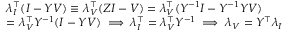
\begin{array} { r l } & { \lambda _ { I } ^ { \intercal } ( I - Y V ) \equiv \lambda _ { V } ^ { \intercal } ( Z I - V ) = \lambda _ { V } ^ { \intercal } ( Y ^ { - 1 } I - Y ^ { - 1 } Y V ) } \\ & { = \lambda _ { V } ^ { \intercal } Y ^ { - 1 } ( I - Y V ) \implies \lambda _ { I } ^ { \intercal } = \lambda _ { V } ^ { \intercal } Y ^ { - 1 } \implies \lambda _ { V } = Y ^ { \intercal } \lambda _ { I } } \end{array}